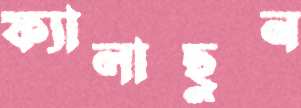
ফ্যালাছুন